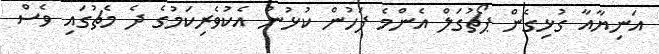
އަނިޔާއާ ގުޅިގެން ޕޯޗުގަލް އެންމެ ފަހުން ކުޅުނު އެކުވެރިކަމުގެ ދެ މެޗުގައި ވެސް